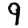
Digit: 9